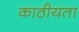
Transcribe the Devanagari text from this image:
काठीयता